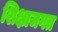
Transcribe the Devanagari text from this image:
शिक्षाजगत